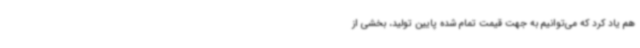
هم یاد کرد که می‌توانیم به جهت قیمت تمام شده پایین تولید، بخشی از